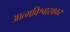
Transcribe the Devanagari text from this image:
आत्मविश्वासावर